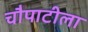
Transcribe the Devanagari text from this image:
चौपाटीला